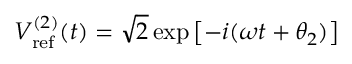
V _ { \mathrm { r e f } } ^ { ( 2 ) } ( t ) = \sqrt { 2 } \exp \left[ - i ( \omega t + \theta _ { 2 } ) \right]